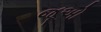
જૂઅો